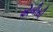
એબીસી